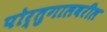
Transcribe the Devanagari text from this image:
पोर्तुगालवरील